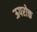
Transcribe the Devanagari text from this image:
ऊपरोक्त